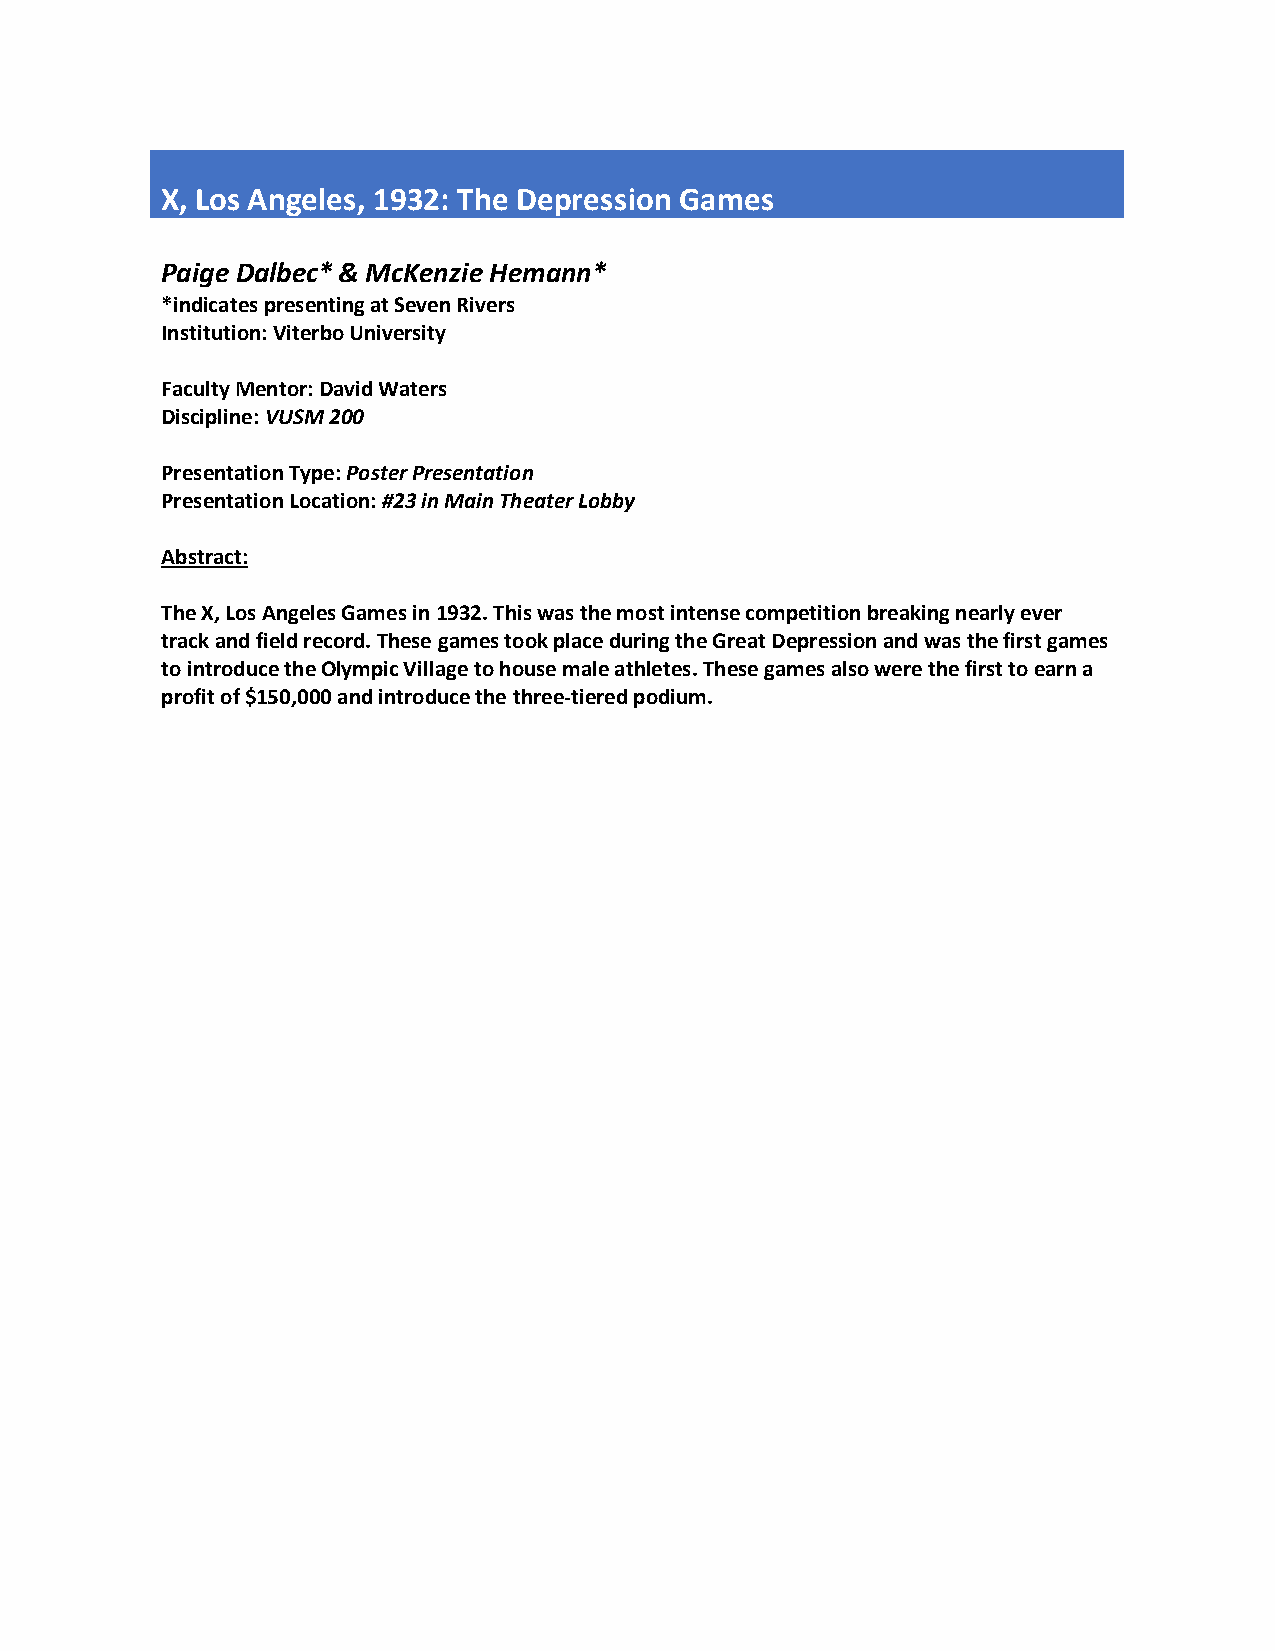
X, Los Angeles, 1932: The Depression Games
 Paige Dalbec* & McKenzie Hemann*
 *indicates presenting at Seven Rivers
 Institution: Viterbo University
 Faculty Mentor: David Waters
 Discipline: VUSM 200
 Presentation Type: Poster Presentation
 Presentation Location: #23 in Main Theater Lobby
 Abstract:
 The X, Los Angeles Games in 1932. This was the most intense competition breaking nearly ever
 track and field record. These games took place during the Great Depression and was the first games
 to introduce the Olympic Village to house male athletes. These games also were the first to earn a
 profit of $150,000 and introduce the three-tiered podium.